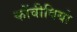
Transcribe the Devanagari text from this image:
कोंवीवियो